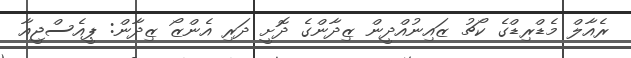
ރެއާލް މެޑްރިޑްގެ ކޯޗު ޒައިނުއްދީން ޒިދާންގެ ދޮށީ ދަރި އެންޒޯ ޒިދާން: ޕީއެސްޖީއާ